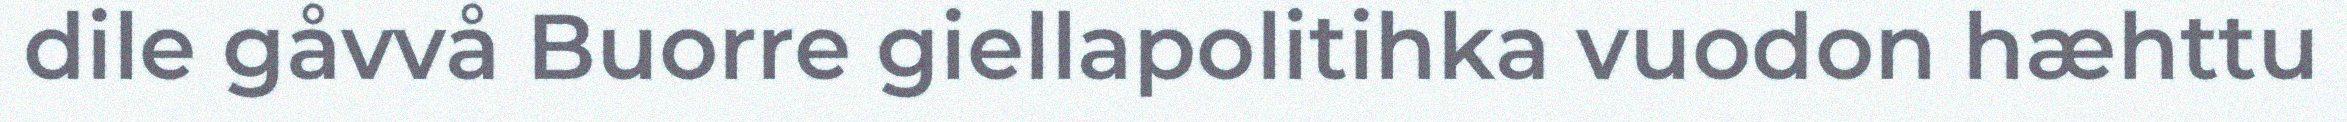
dile gåvvå Buorre giellapolitihka vuodon hæhttu